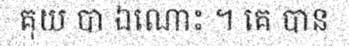
គុយ បា ឯណោះ ។ គេ បាន